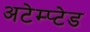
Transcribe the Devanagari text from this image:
अटेम्प्टेड